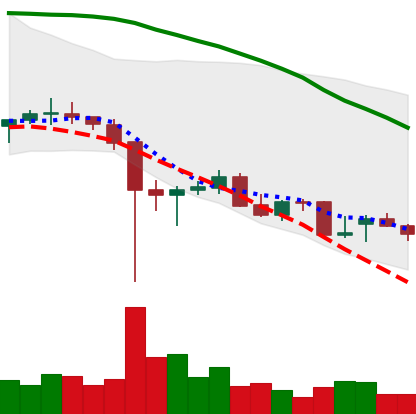
Ticker: ETC-USD
Chart end date: 2021-12-17
Forward return: 3.983%
Label: up_3_5